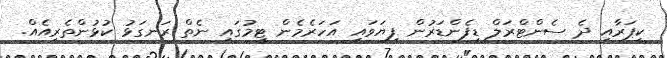
ކީޕަރާއި ދެ ސެންޓްރަލް ޑިފެންޑަރުން ފިޔަވައި އަހަރެމެން ޓީމުގައި ނެތް ރަނގަޅު ކުޅުންތެރިއެއް.